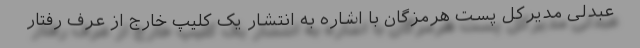
عبدلی مدیرکل پست هرمزگان با اشاره به انتشار یک کلیپ خارج از عرف رفتار